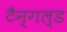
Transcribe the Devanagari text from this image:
टैन्गल्ड